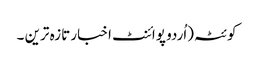
کوئٹہ(اُردو پوائنٹ اخبار تازہ ترین ۔